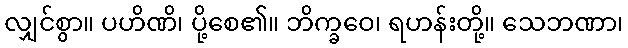
လျှင်စွာ။ ပဟိဏိ၊ ပို့စေ၏။ ဘိက္ခဝေ၊ ရဟန်းတို့။ သေဘဏာ၊